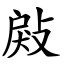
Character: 㪐